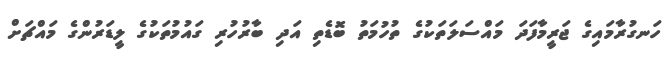
ހަނގުރާމައިގެ ޖަރީމާފަދަ މައްސަލަތަކުގެ ތުހުމަތު ބޮޑެތި އަދި ބާރުހުރި ގައުމުތަކުގެ ލީޑަރުންގެ މައްޗަށް